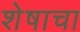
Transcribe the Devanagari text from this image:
शेषाचा